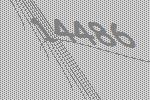
14486